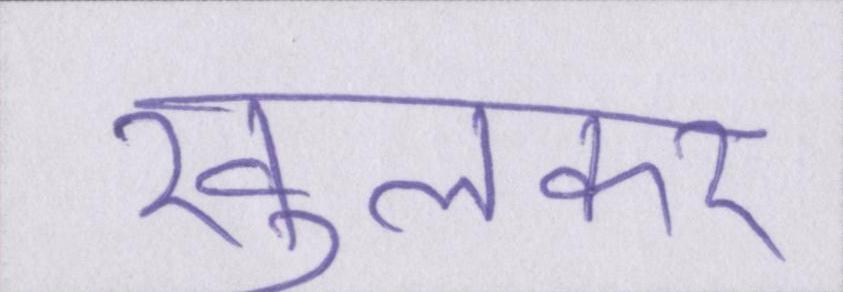
खुलकर